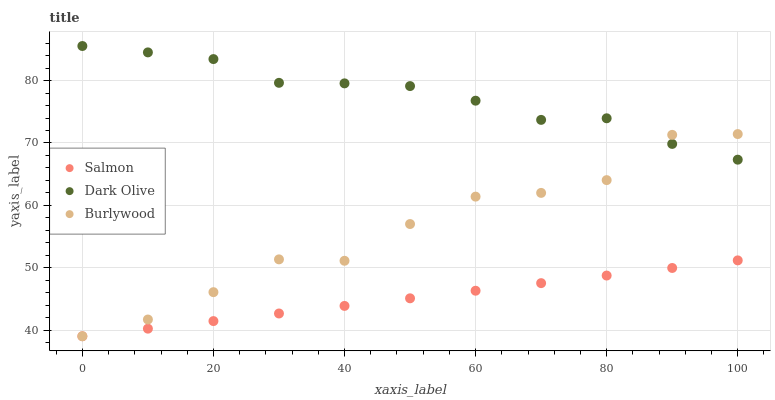
| xaxis_label | Salmon | Dark Olive | Burlywood |
 | --- | --- | --- | --- |
 | 0 | 39 | 85.6 | 39 |
 | 10 | 40.2 | 84.5 | 41.7 |
 | 20 | 41.4 | 83.5 | 46.1 |
 | 30 | 42.7 | 79.6 | 51.3 |
 | 40 | 43.9 | 79.6 | 51.1 |
 | 50 | 45.1 | 79.1 | 57 |
 | 60 | 46.3 | 76.8 | 61.4 |
 | 70 | 47.5 | 73.7 | 62 |
 | 80 | 48.7 | 74 | 64 |
 | 90 | 50 | 69.8 | 71.3 |
 | 100 | 51.2 | 67.3 | 71.4 |